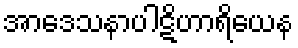
အာဒေသနာပါဋိဟာရိယေန